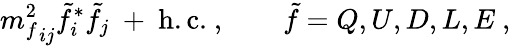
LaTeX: {m_{f}^{2}}_{ij}\tilde{f}_{i}^{*}\tilde{f}_{j}\ +\ \mathrm{h.c.}\ ,\qquad\tilde{f}=Q,U,D,L,E\ ,